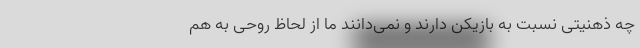
چه ذهنیتی نسبت به بازیکن دارند و نمی‌دانند ما از لحاظ روحی به هم